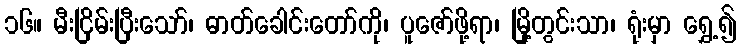
၁၆။ မီးငြိမ်းပြီးသော်၊ ဓာတ်ခေါင်းတော်ကို၊ ပူဇော်ဖို့ရာ၊ မြို့တွင်းသာ၊ ရုံးမှာ ရွှေ့၍